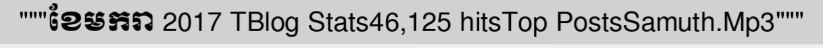
"""ខែមករា 2017 TBlog Stats46,125 hitsTop PostsSamuth.Mp3"""